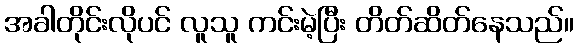
အခါတိုင်းလိုပင် လူသူ ကင်းမဲ့ပြီး တိတ်ဆိတ်နေသည်။